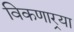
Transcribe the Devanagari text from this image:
विकणार्‍या